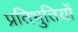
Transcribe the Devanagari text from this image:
प्रतिभुतियों